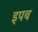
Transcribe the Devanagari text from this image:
इपब